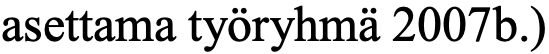
asettama työryhmä 2007b.)